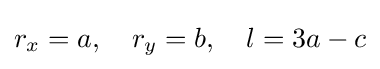
r_{x}=a,\quad r_{y}=b,\quad l=3a-c